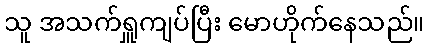
သူ အသက်ရှူကျပ်ပြီး မောဟိုက်နေသည်။